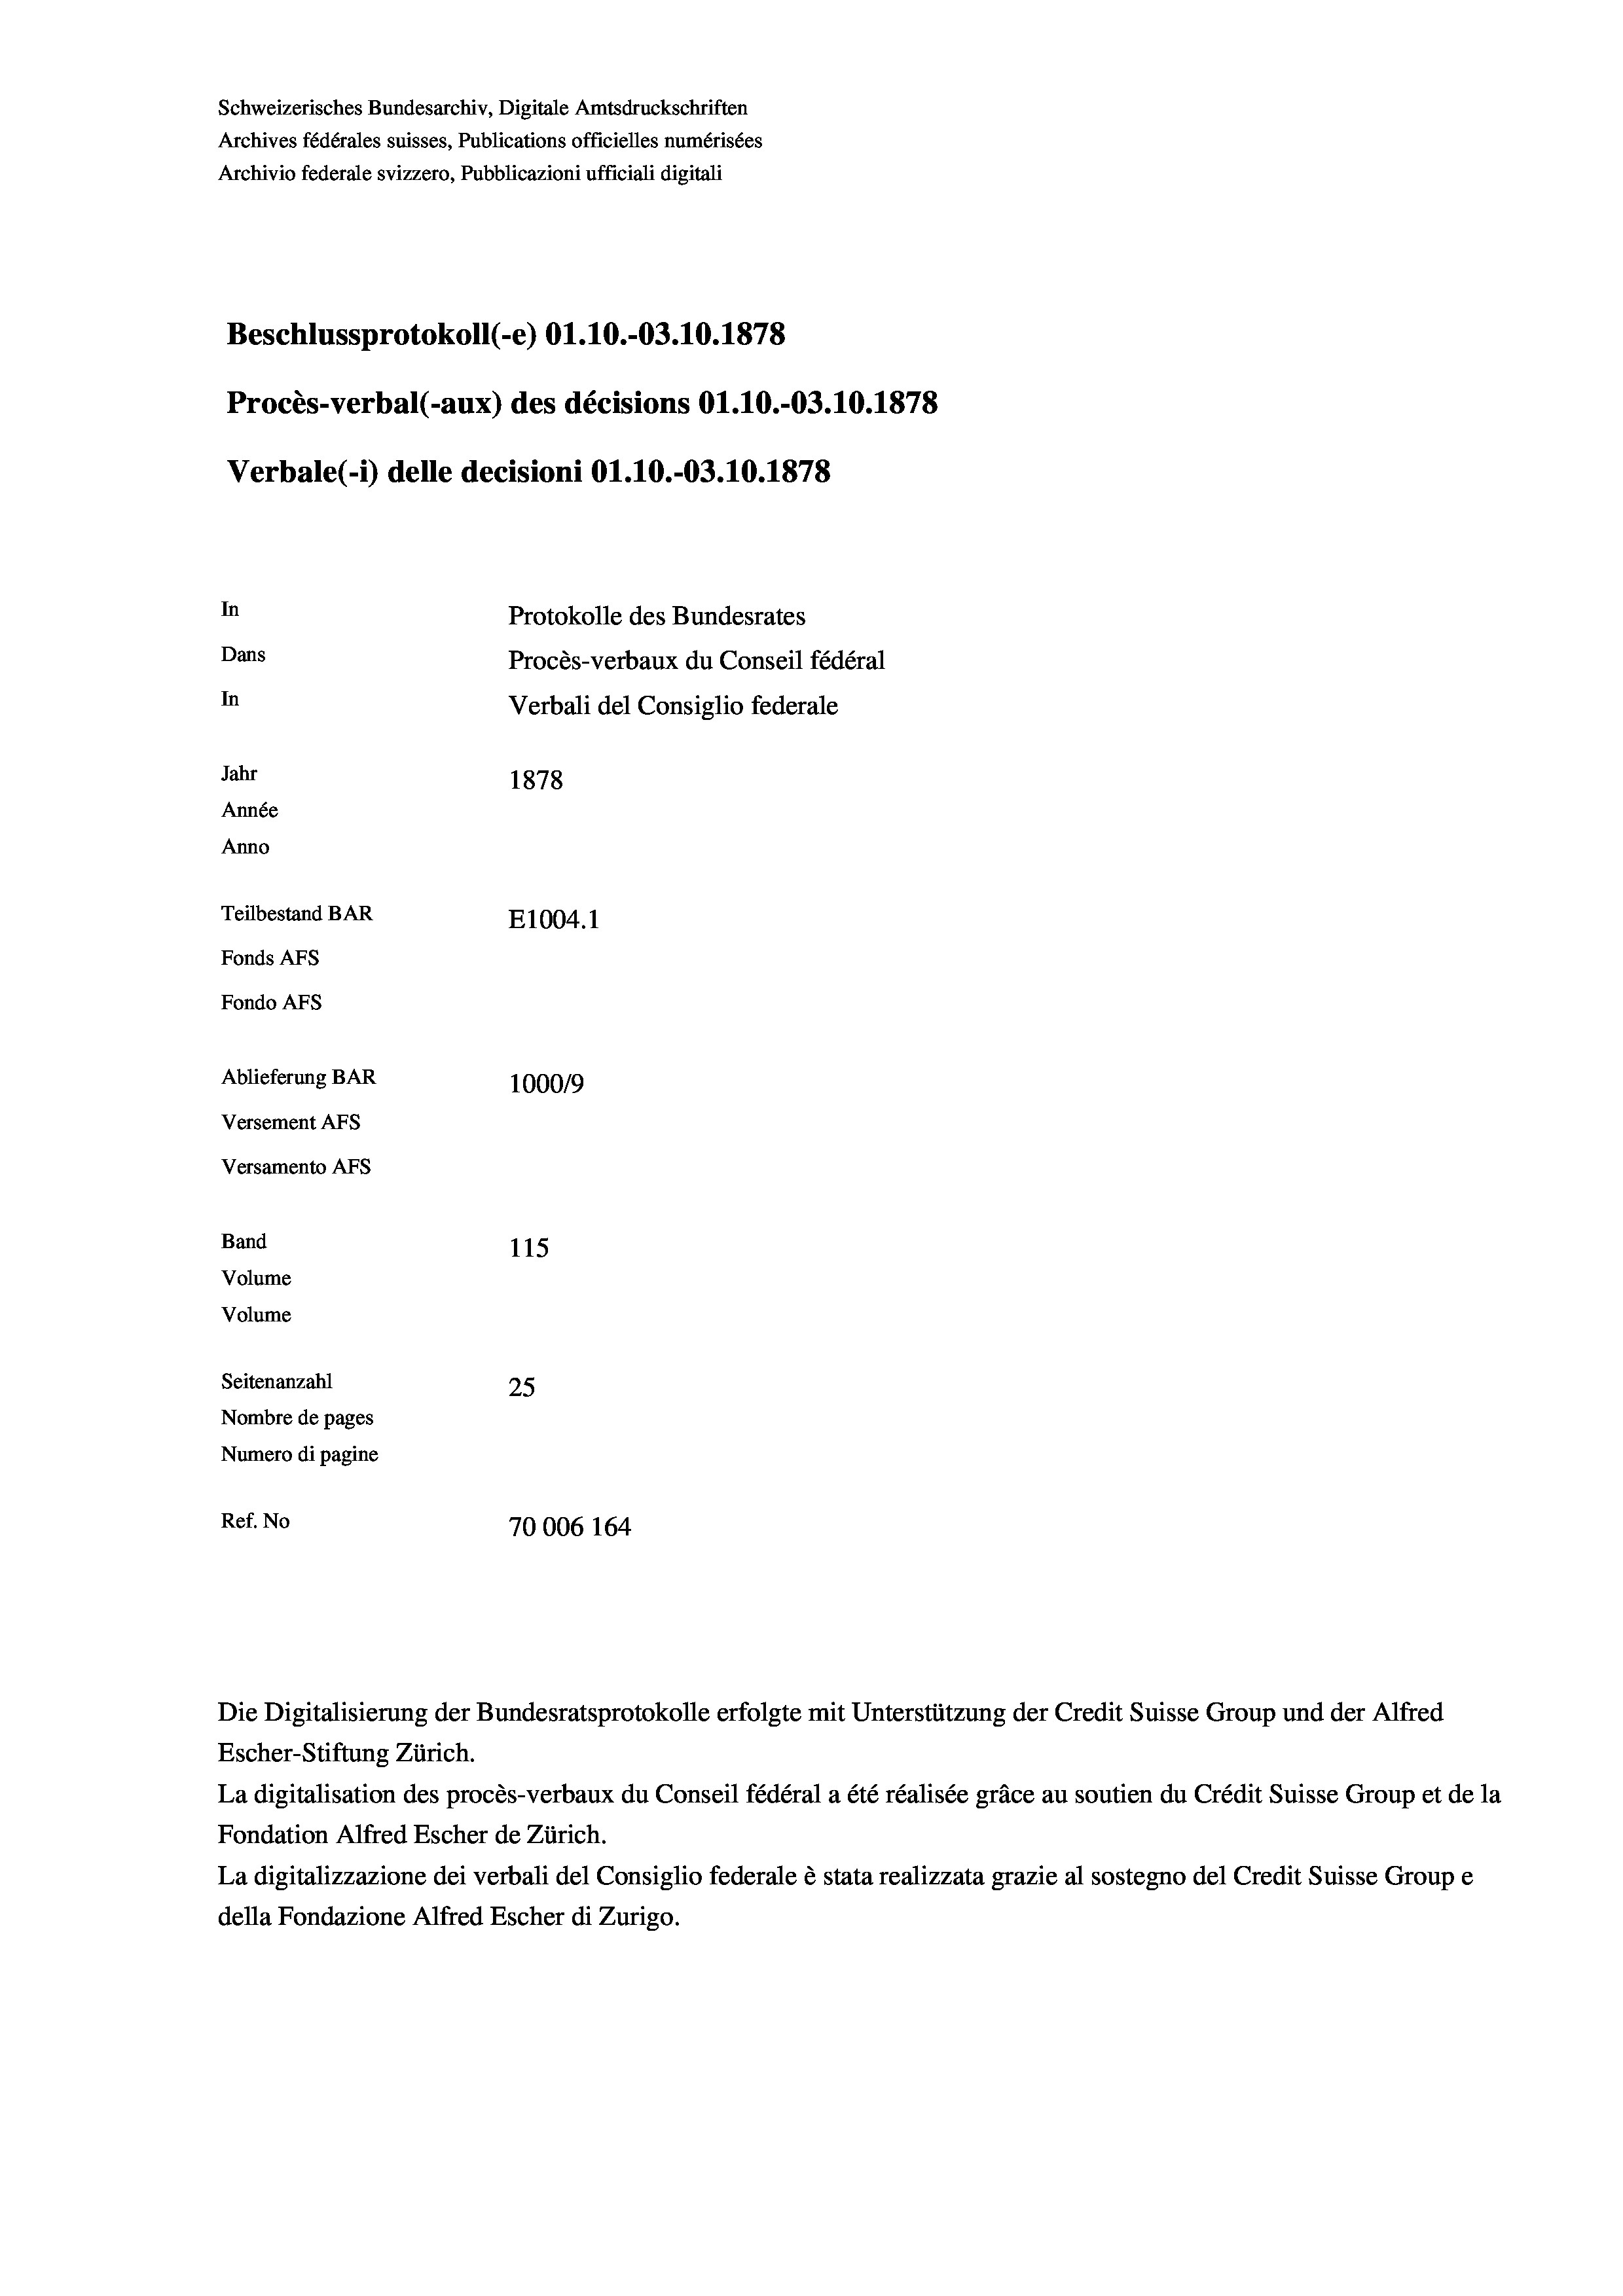
Schweizerisches Bundesarchiv, Digitale Amtsdruckschriften
Archives fédérales suisses, Publications officielles numérisées
Archivio federale svizzero, Pubblicazioni ufficiali digitali
Beschlussprotokoll (-e) O1.10.-03.10.1878
Procès-verbal (-aux) des décisions O1.10.-03.10.1878
Verbale (- 1) delle decisioni O1.10.-03.10.1878
In
Protokolle des Bundesrates
Dans
Procès-verbaux du Conseil fédéral
In
Verbali del Consiglio federale
Jahr
1878
Année
Anno
Teilbestand BAR
E1004. 1
Fonds AFs
Fondo Afs
Ablieferung BAR
100019
Versement AFs
Versamento AFS
Band
115
Volume
Volume

Seitenanzahl
25
Nombre de pages
Numero di pagine
Ref. No
70006 164

Die Digitalisierung der Bundesratsprotokolle erfolgte mit Unterstützung der Credit Suisse Group und der Alfred
Escher-Stiftung Zürich.
La digitalisation des procès-verbaux du Conseil fédéral a été réalisée gräce au soutien du Crédit Suisse Group et de la
Fondation Alfred Escher de Zürich.
La digitalizzazione dei verbali del Consiglio federale è stata realizzata grazie al sostegno del Credit Suisse Groupe
della Fondazione Alfred Escher di Zurigo.